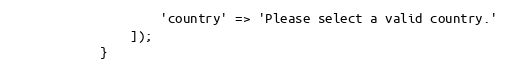
Language: PHP
                    'country' => 'Please select a valid country.'
                ]);
            }